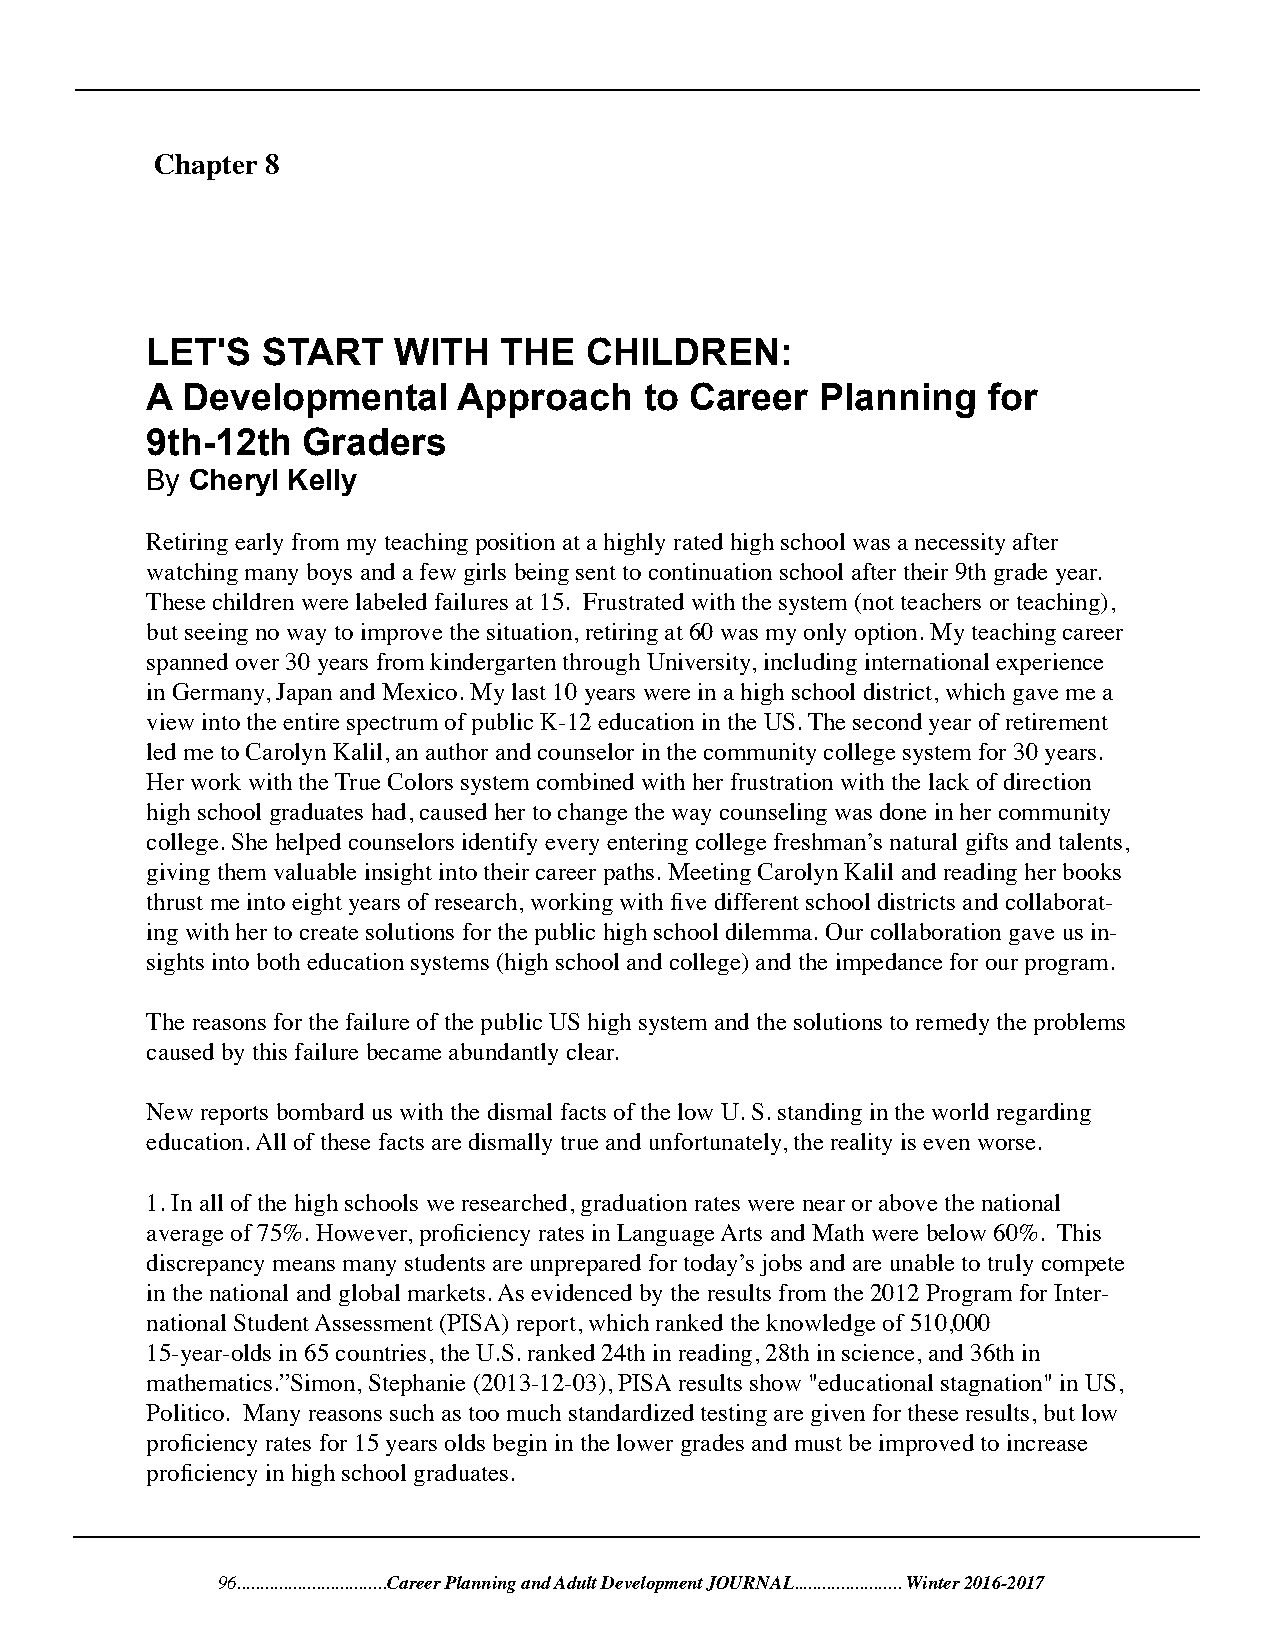
Chapter 8
 LET'S  START    WITH   THE   CHILDREN:
 A Developmental     Approach     to Career  Planning   for
 9th-12th  Graders
 By Cheryl Kelly
 Retiring early from my teaching position at a highly rated high school was a necessity after
 watching many boys and a few girls being sent to continuation school after their 9th grade year.
 These children were labeled failures at 15. Frustrated with the system (not teachers or teaching),
 but seeing no way to improve the situation, retiring at 60 was my only option. My teaching career
 spanned over 30 years from kindergarten through University, including international experience
 in Germany, Japan and Mexico. My last 10 years were in a high school district, which gave me a
 view into the entire spectrum of public K-12 education in the US. The second year of retirement
 led me to Carolyn Kalil, an author and counselor in the community college system for 30 years.
 Her work with the True Colors system combined with her frustration with the lack of direction
 high school graduates had, caused her to change the way counseling was done in her community
 college. She helped counselors identify every entering college freshman’s natural gifts and talents,
 giving them valuable insight into their career paths. Meeting Carolyn Kalil and reading her books
 thrust me into eight years of research, working with five different school districts and collaborat-
 ing with her to create solutions for the public high school dilemma. Our collaboration gave us in-
 sights into both education systems (high school and college) and the impedance for our program.
 The reasons for the failure of the public US high system and the solutions to remedy the problems
 caused by this failure became abundantly clear.
 New reports bombard us with the dismal facts of the low U. S. standing in the world regarding
 education. All of these facts are dismally true and unfortunately, the reality is even worse.
 1. In all of the high schools we researched, graduation rates were near or above the national
 average of 75%. However, proficiency rates in Language Arts and Math were below 60%. This
 discrepancy means many students are unprepared for today’s jobs and are unable to truly compete
 in the national and global markets. As evidenced by the results from the 2012 Program for Inter-
 national Student Assessment (PISA) report, which ranked the knowledge of 510,000
 15-year-olds in 65 countries, the U.S. ranked 24th in reading, 28th in science, and 36th in
 mathematics.”Simon, Stephanie (2013-12-03), PISA results show "educational stagnation" in US,
 Politico. Many reasons such as too much standardized testing are given for these results, but low
 proficiency rates for 15 years olds begin in the lower grades and must be improved to increase
 proficiency in high school graduates.
 96................................Career Planning and Adult Development JOURNAL....................... Winter 2016-2017